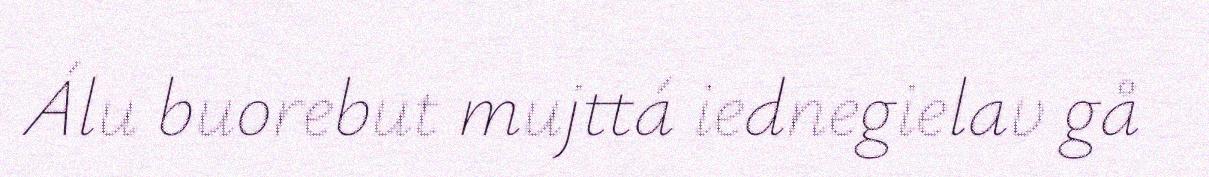
Álu buorebut mujttá iednegielav gå